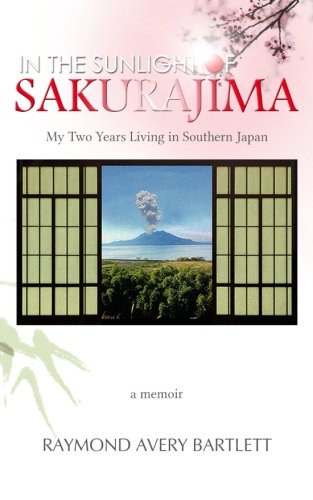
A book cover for In the Sunlight of Sakurajima: My Two Years Living in Southern Japan; Ray Bartlett; Travel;